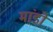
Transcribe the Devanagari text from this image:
मांडो